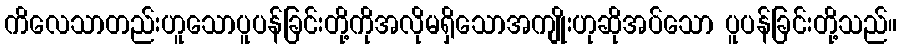
ကိလေသာတည်းဟူသောပူပန်ခြင်းတို့ကိုအလိုမရှိသောအကျိုးဟုဆိုအပ်သော ပူပန်ခြင်းတို့သည်။